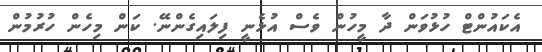
އެކައުންޓް ހުޅުވަން ދާ މީހުން ވެސް އުޅެނީ ފިލައިގެންނޭ. ކަން މިހެން ހުރުމުން